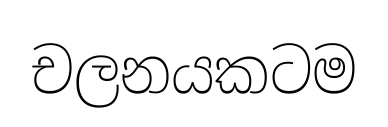
චලනයකටම